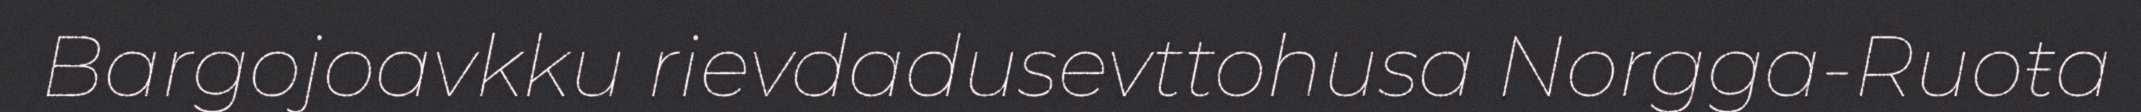
Bargojoavkku rievdadusevttohusa Norgga-Ruoŧa